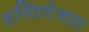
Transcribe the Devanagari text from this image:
हस्तिदेवता